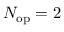
N _ { \mathrm { o p } } = 2